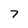
Character: 7